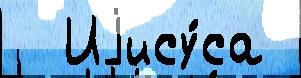
  Иjису́са